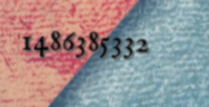
1486385332